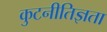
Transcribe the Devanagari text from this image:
कुटनीतिज्ञता